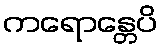
ကရောန္တေပိ